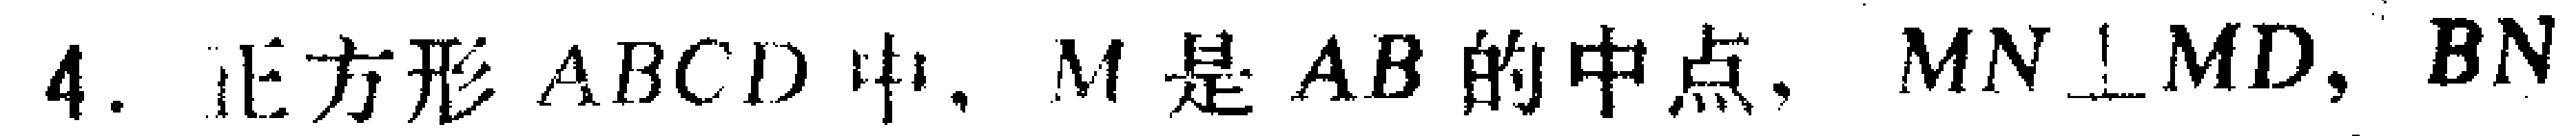
4. 正方形 \(ABCD\) 中，\(M\) 是 \(AB\) 的中点，\(MN\perp MD\)，\(BN\)